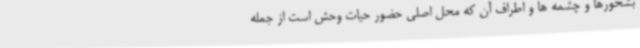
بشخورها و چشمه ها و اطراف آن که محل اصلی حضور حیات وحش است از جمله